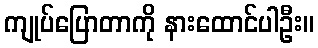
ကျုပ်ပြောတာကို နားထောင်ပါဦး။